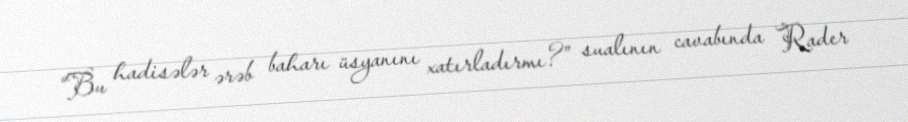
“Bu hadisələr ərəb baharı üsyanını xatırladırmı?” sualının cavabında Rader